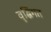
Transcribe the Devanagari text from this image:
वृद्घिंगत